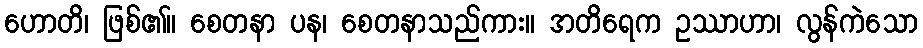
ဟောတိ၊ ဖြစ်၏။ စေတနာ ပန၊ စေတနာသည်ကား။ အတိရေက ဥဿာဟာ၊ လွန်ကဲသော